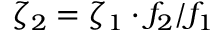
\zeta _ { 2 } = \zeta _ { 1 } \cdot f _ { 2 } / f _ { 1 }